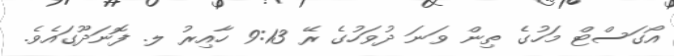
އޯގަސްޓް މަހުގެ ތިން ވަނަ ދުވަހުގެ ރޭ 9:13 ހާއިރު ލ. ފޮނަދޫގައެވެ.